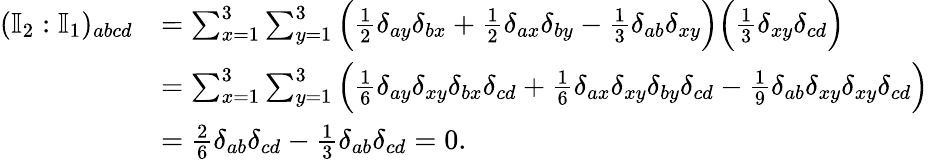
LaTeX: \begin{array}{rl}{(\mathbb{I}_{2}:\mathbb{I}_{1})_{abcd}}&{=\sum_{x=1}^{3}\sum_{y=1}^{3}\Big(\frac{1}{2}\delta_{ay}\delta_{bx}+\frac{1}{2}\delta_{ax}\delta_{by}-\frac{1}{3}\delta_{ab}\delta_{xy}\Big)\Big(\frac{1}{3}\delta_{xy}\delta_{cd}\Big)}\\ &{=\sum_{x=1}^{3}\sum_{y=1}^{3}\Big(\frac{1}{6}\delta_{ay}\delta_{xy}\delta_{bx}\delta_{cd}+\frac{1}{6}\delta_{ax}\delta_{xy}\delta_{by}\delta_{cd}-\frac{1}{9}\delta_{ab}\delta_{xy}\delta_{xy}\delta_{cd}\Big)}\\ &{=\frac{2}{6}\delta_{ab}\delta_{cd}-\frac{1}{3}\delta_{ab}\delta_{cd}=0.}\end{array}